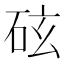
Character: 𪿖